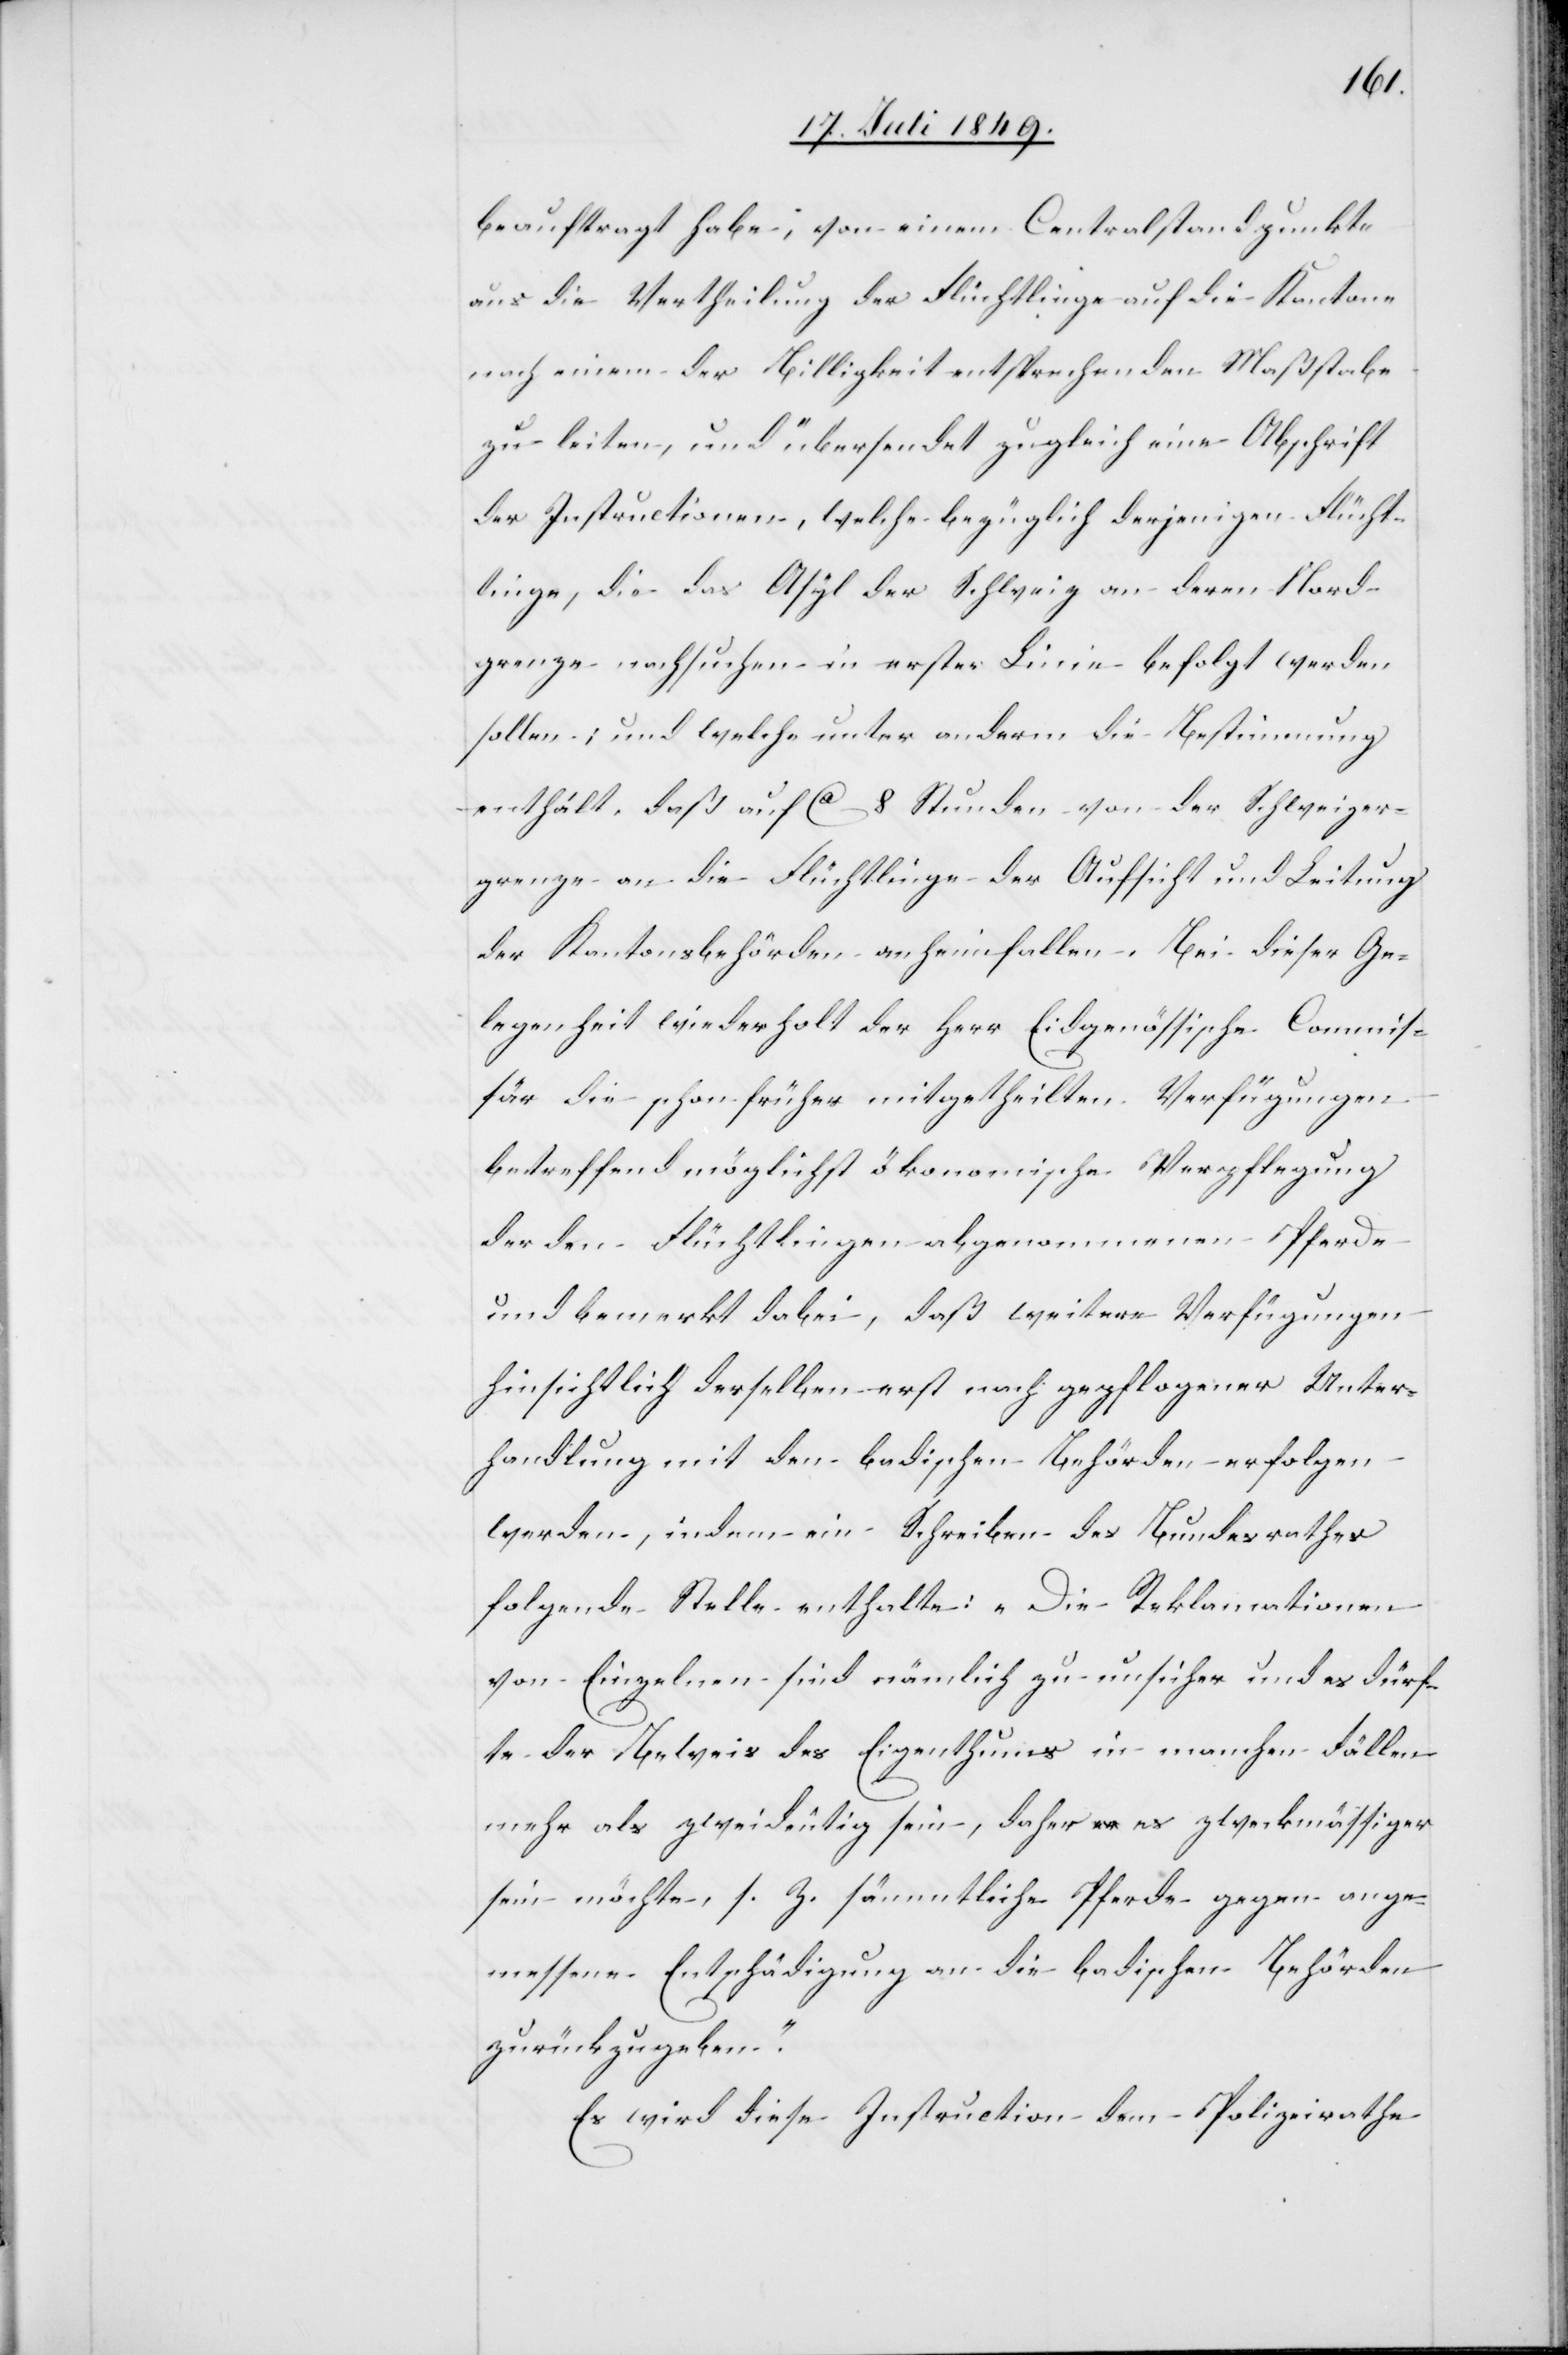
beauftragt habe, von einem Centralstandpunkte
aus die Vertheilung der Flüchtlinge auf die Kantone
nach einem der Billigkeit entsprechenden Maßstabe
zu leiten, und übersendet zugleich eine Abschrift
der Instructionen, welche bezüglich derjenigen Flücht¬
linge, die das Asyl der Schweiz an deren Mord¬
grenze nachsuchen in erster Linie befolgt werden
sollen: und welche unter anderm die Bestimmung
enthält, daß auf ca 8 Stunden von der Schweizer¬
grenze an die Flüchtlinge der Aufsicht und Leitung
der Kantonsbehörden anheim fallen. Bei dieser Ge¬
legenheit wiederholt der Herr Eidgenössische Commis¬
sär die schon früher mitgetheilten Verfügungen
betreffend möglichst ökonomische Verpflegung
der den Flüchtlingen abgenommenen Pferde
und bemerkt dabei, daß weitere Verfügungen
hinsichtlich derselben erst nach gepflogener Unter¬
handlung mit den badischen Behörden erfolgen
werden, indem ein Schreiben des Bundesrathes
folgende Stelle enthalte: „Die Reklamationen
von Einzelnen sind nämlich zu unsicher und es dürf¬
te der Beweis des Eigenthums in manchen Fällen
mehr als zweideutig sein, daher es zweckmässiger
sein möchte, s. Z. sämmtliche Pferde gegen ange¬
messene Entschädigung an die badischen Behörden
zurückzugeben.“
Es wird diese Instruction dem Polizeirathe